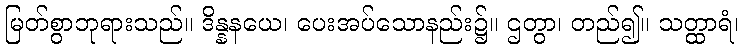
မြတ်စွာဘုရားသည်။ ဒိန္နနယေ၊ ပေးအပ်သောနည်း၌။ ဌတွာ၊ တည်၍။ သတ္ထာရံ၊